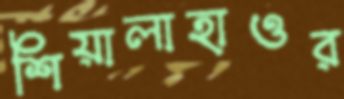
শিয়ালাহাওর